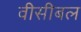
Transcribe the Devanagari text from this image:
वीसीबल